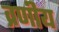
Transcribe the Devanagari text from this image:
व्रणीय